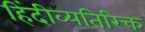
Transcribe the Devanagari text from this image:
हिंदीव्यतिरिक्त